Medical and sanitary report of the native army of Madras for the year
Year: 1875
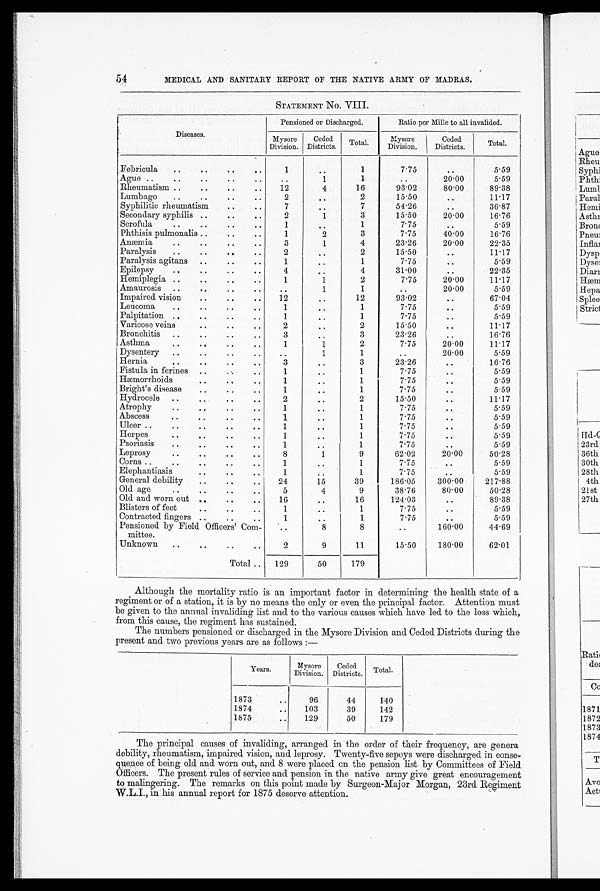
54
MEDICAL AND SANITARY REPORT OF THE NATIVE ARMY OF MADRAS.
STATEMENT No- VIII.
Diseases.
Pensioned or Discharged.
Ratio per Mille to all invalided.
Mysore
Division.
Ceded
Districts.
Total
Mysore
Division
Ceded
Districts
Total
Febricula
1
. .
1
7.75
..
5.59
Ague
..
1
1
. .
20.00
5.59
Rheumatism
12
4
16
93.02
80.00
89.38
Lumbago
2
..
2
15.50
..
11.17
Syphilitic rheumatism
7
..
7
54.26
. .
36.87
Secondary syphilis
2
1
3
15.50
20.00
16.76
Scrofula
1
. .
1
7.75
..
5.59
Phthisis pulmonalis
1
2
3
7.75
4 0 . 0 0
16.76
Anaemia
3
1
4
23.26
20.00
22.35
Paralysis
2
. .
2
15.50
..
11.17
Paralysis agitans
1
. .
1
7.75
. .
5.59
Epilepsy
4
. .
4
31.00
..
22.35
Hemiplegia
1
1
2
7.75
20.00
11.17
Amaurosis
. .
1
1
. .
20.00
5 . 5 9
Impaired vision
12
. .
12
93.02
..
67.04
Leucoma
1
. .
1
7.75
..
5.59
Palpitation
1
. .
1
7 . 7 5
..
5.59
Varicose veins
2
. .
2
15.50
..
11.17
Bronchitis
3
. .
2
23.26
..
16.76
Asthma
1
1
2
7.75
20.00
11.17
Dysentery
. .
1
1
..
20.00
5.59
Hernia
3
. .
3
23.26
..
16.76
Fistula in ferines
1
..
1
7.75
. .
5.59
Haemorrhoids
1
..
1
7.75
..
5.59
Bright's disease
1
..
1
7.75
..
5.59
Hydrocele
2
. .
2
15.50
..
1 1 . 1 7
Atrophy
1
..
1
7.75
. .
5.59
Abscess
1
..
1
7.75
. .
5.59
Ulcer
1
..
1
7.75
. .
5.59
Herpes
1
..
1
7.75
..
5.59
Psoriasis
1
. .
1
7.75
..
5.59
Leprosy
8
1
9
62.02
20.00
50.28
Corns
1
. .
1
7.75
..
5.59
Elephantiasis
1
. .
1
7.75
..
5.59
General debility
24
15
39
186.05
300.00
217.88
Old age
5
4
9
38.76
80.00
50.28
Old and worn out
16
..
16
124.03
..
89.38
Blisters of feet
1
..
1
7.75
..
5.59
Contracted fingers
1
. .
1
7.75
..
5.59
Pensioned by Field Officers' Com-
mittee.
...
8
8
. .
160.00
44.69
Unknown
2
9
11
15.50
180.00
62.01
Total
129
50
179
Although the mortality ratio is an important factor in determining the health state of a
regiment or of a station, it is by no means the only or even the principal factor. Attention must
be given to the annual invaliding list and to the various causes which have led to the loss which,
from this cause, the regiment has sustained.
The numbers pensioned or discharged in the Mysore Division and Ceded Districts during the
present and two previous years are as follows :—
Years.
Mysore
Division.
Ceded
Districts.
Total
.
1873 1874 1875
96
103
129
44
39
50
140
142
179
The principal causes of invaliding, arranged in the order of their frequency, are genera
debility, rheumatism, impaired vision, and leprosy. Twenty-five sepoys were discharged in conse
quence of being old and worn out, and 8 were placed on the pension list by Committees of Field
O f f i c e r s . T h e p r e s e n t r u l e s o f s e r v i c e a n d p e n s i o n i n t h e n a t i v e a r m y g i v e g r e a t e n c o u r a g e m e n t
to malingering. The remarks on this point made by Surgeon-Major Morgan, 23rd Regiment
W.L.I., in his annual report for 1875 deserve attention.
ACE
Act